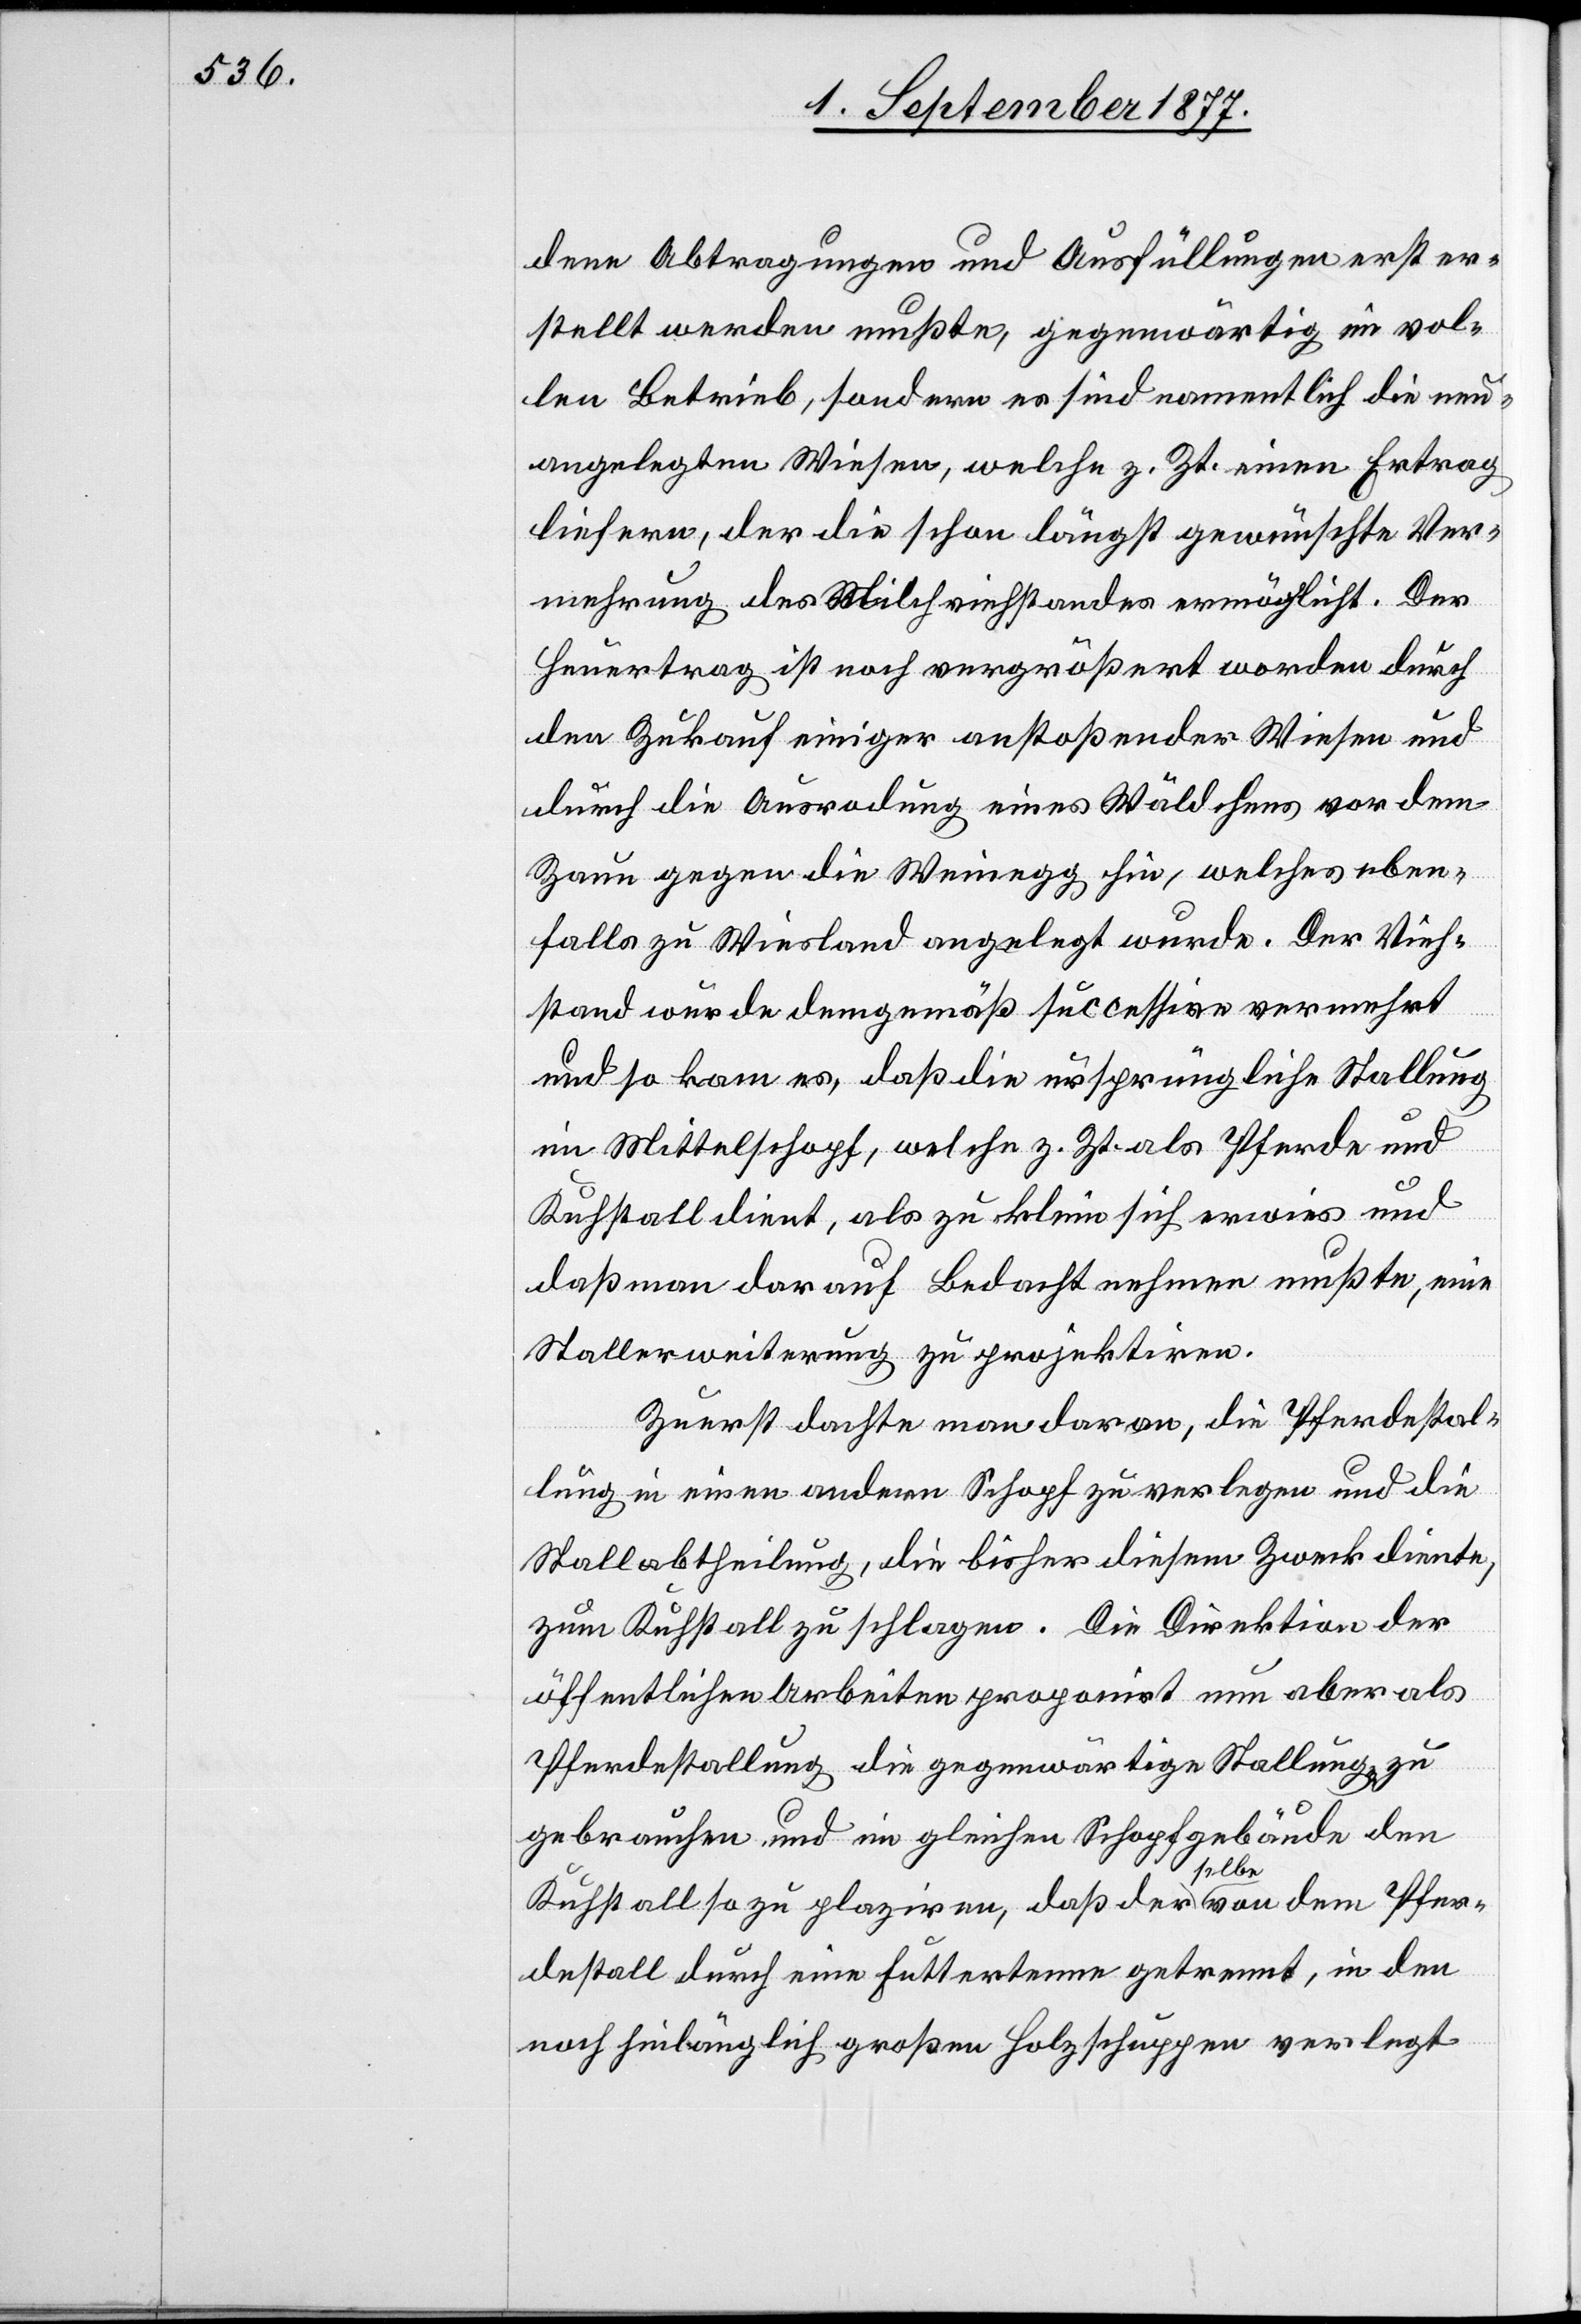
dene Abtragungen und Ausfüllungen erst er¬
stellt werden mußte, gegenwärtig im vol¬
len Betrieb, sondern es sind namentlich die neu¬
angelegten Wiesen, welche z. Zt. einen Ertrag
liefern, der die schon längst gewünschte Ver¬
mehrung des Milchviehstandes ermöglicht. Der
Heuertrag ist noch vergrößert worden durch
den Zukauf einiger anstoßender Wiesen und
durch die Ausrodung eines Wäldchens vor dem
Zaun gegen die Weinegg hin, welches eben¬
falls zu Wiesland angelegt wurde. Der Vieh¬
stand wurde demgemäß successive vermehrt
und so kam es, daß die ursprüngliche Stallung
im Mittelschopf, welche z. Zt. als Pferde[-] und
Kuhstall dient, als zu klein sich erwies und
daß man darauf Bedacht nehmen mußte, eine
Stallerweiterung zu projektiren.
Zuerst dachte man daran, die Pferdestal¬
lung in einen andern Schopf zu verlegen und die
Stallabtheilung, die bisher diesem Zweck diente,
zum Kuhstall zu schlagen. Die Direktion der
öffentlichen Arbeiten proponirt nun aber als
Pferdestallung die gegenwärtige Stallunga-en-a zu
gebrauchen und im gleichen Schopfgebäude den
Kuhstall so zu plaziren, daß derselbe von dem Pfer¬
destall durch eine Futtertenne getrennt, in den
noch hinlänglich großen Holzschuppen verlegt